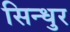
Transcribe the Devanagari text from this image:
सिन्‍धुर